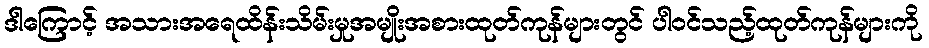
ဒါကြောင့် အသားအရေထိန်းသိမ်းမှုအမျိုးအစားထုတ်ကုန်များတွင် ပါဝင်သည့်ထုတ်ကုန်များကို